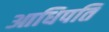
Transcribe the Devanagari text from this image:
आधिपति